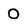
Character: 0